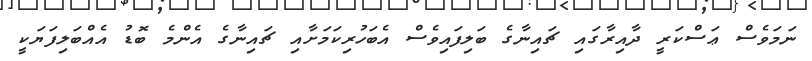
ނަމަވެސް ޢަސްކަރީ ދާއިރާގައި ޗައިނާގެ ބަލިފައިވެސް އެބަހުރިކަމަށާއި ޗައިނާގެ އެންމެ ބޮޑު އެއްބަލިފަޔަކީ